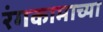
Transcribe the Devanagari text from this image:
रंगकामाच्या